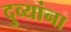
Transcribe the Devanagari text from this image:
दुव्यांना